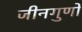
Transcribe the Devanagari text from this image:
जीनगुणों